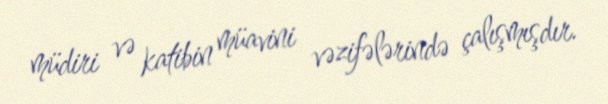
müdiri və katibin müavini vəzifələrində çalışmışdır.